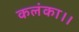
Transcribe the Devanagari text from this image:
कलंका।।